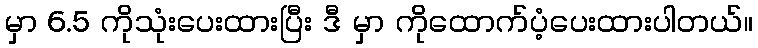
မှာ 6.5 ကိုသုံးပေးထားပြီး ဒီ မှာ ကိုထောက်ပံ့ပေးထားပါတယ်။